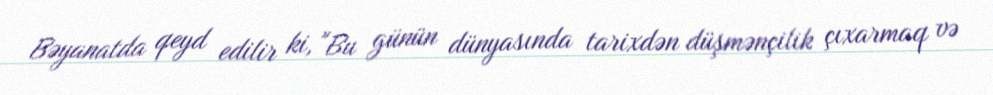
Bəyanatda qeyd edilir ki, "Bu günün dünyasında tarixdən düşmənçilik çıxarmaq və